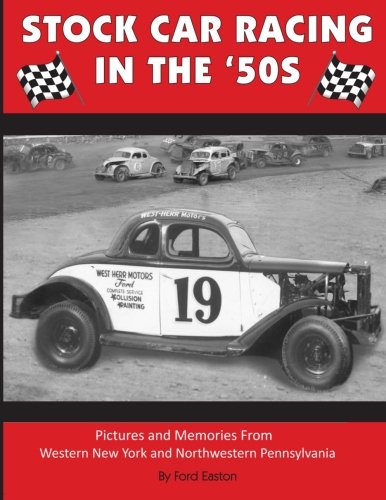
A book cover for Stock Car Racing in the '50s: Pictures and Memories From Western New York and Northwestern Pennsylvania; Mr. Ford Easton; Engineering & Transportation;